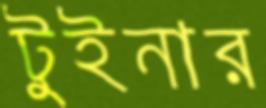
টুইনার